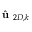
\hat { \textbf { u } } _ { 2 D , k }